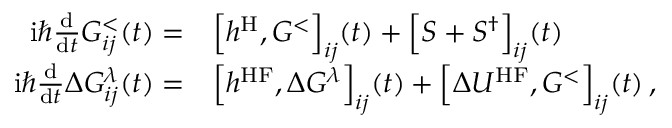
\begin{array} { r l } { \mathrm { i } \hbar \frac { \mathrm { d } } { \mathrm { d } t } G _ { i j } ^ { < } ( t ) = } & { { } \Big [ h ^ { \mathrm { H } } , G ^ { < } \Big ] _ { i j } ( t ) + \Big [ S + S ^ { \dagger } \Big ] _ { i j } ( t ) } \\ { \mathrm { i } \hbar \frac { \mathrm { d } } { \mathrm { d } t } \Delta G _ { i j } ^ { \lambda } ( t ) = } & { { } \Big [ h ^ { \mathrm { H F } } , \Delta G ^ { \lambda } \Big ] _ { i j } ( t ) + \Big [ \Delta U ^ { \mathrm { H F } } , G ^ { < } \Big ] _ { i j } ( t ) \, , } \end{array}